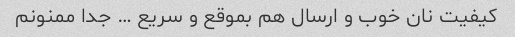
کیفیت نان خوب و ارسال هم بموقع و سریع … جدا ممنونم